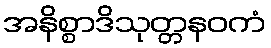
အနိစ္စာဒိသုတ္တနဝကံ